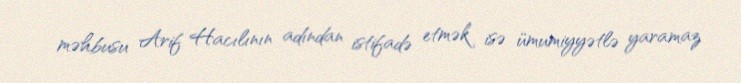
məhbusu Arif Hacılının adından istifadə etmək isə ümumiyyətlə yaramaz